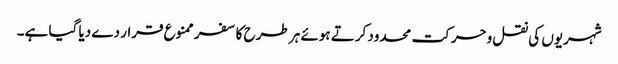
شہریوں کی نقل وحرکت محدود کرتے ہوئے ہر طرح کا سفر ممنوع قرار دے دیا گیا ہے۔